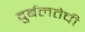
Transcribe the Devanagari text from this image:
दुर्बलतेची